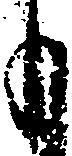
も